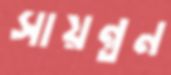
সায়ন্তন